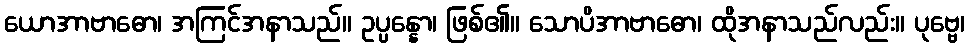
ယောအာဗာဓော၊ အကြင်အနာသည်။ ဥပ္ပန္နော၊ ဖြစ်၏။ သောပိအာဗာဓော၊ ထိုအနာသည်လည်း။ ပုဗ္ဗေ၊